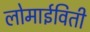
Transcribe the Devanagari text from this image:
लोमाईविती